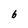
Character: 6